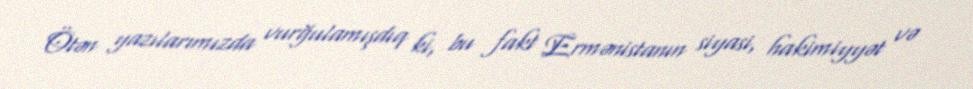
Ötən yazılarımızda vurğulamışdıq ki, bu fakt Ermənistanın siyasi, hakimiyyət və